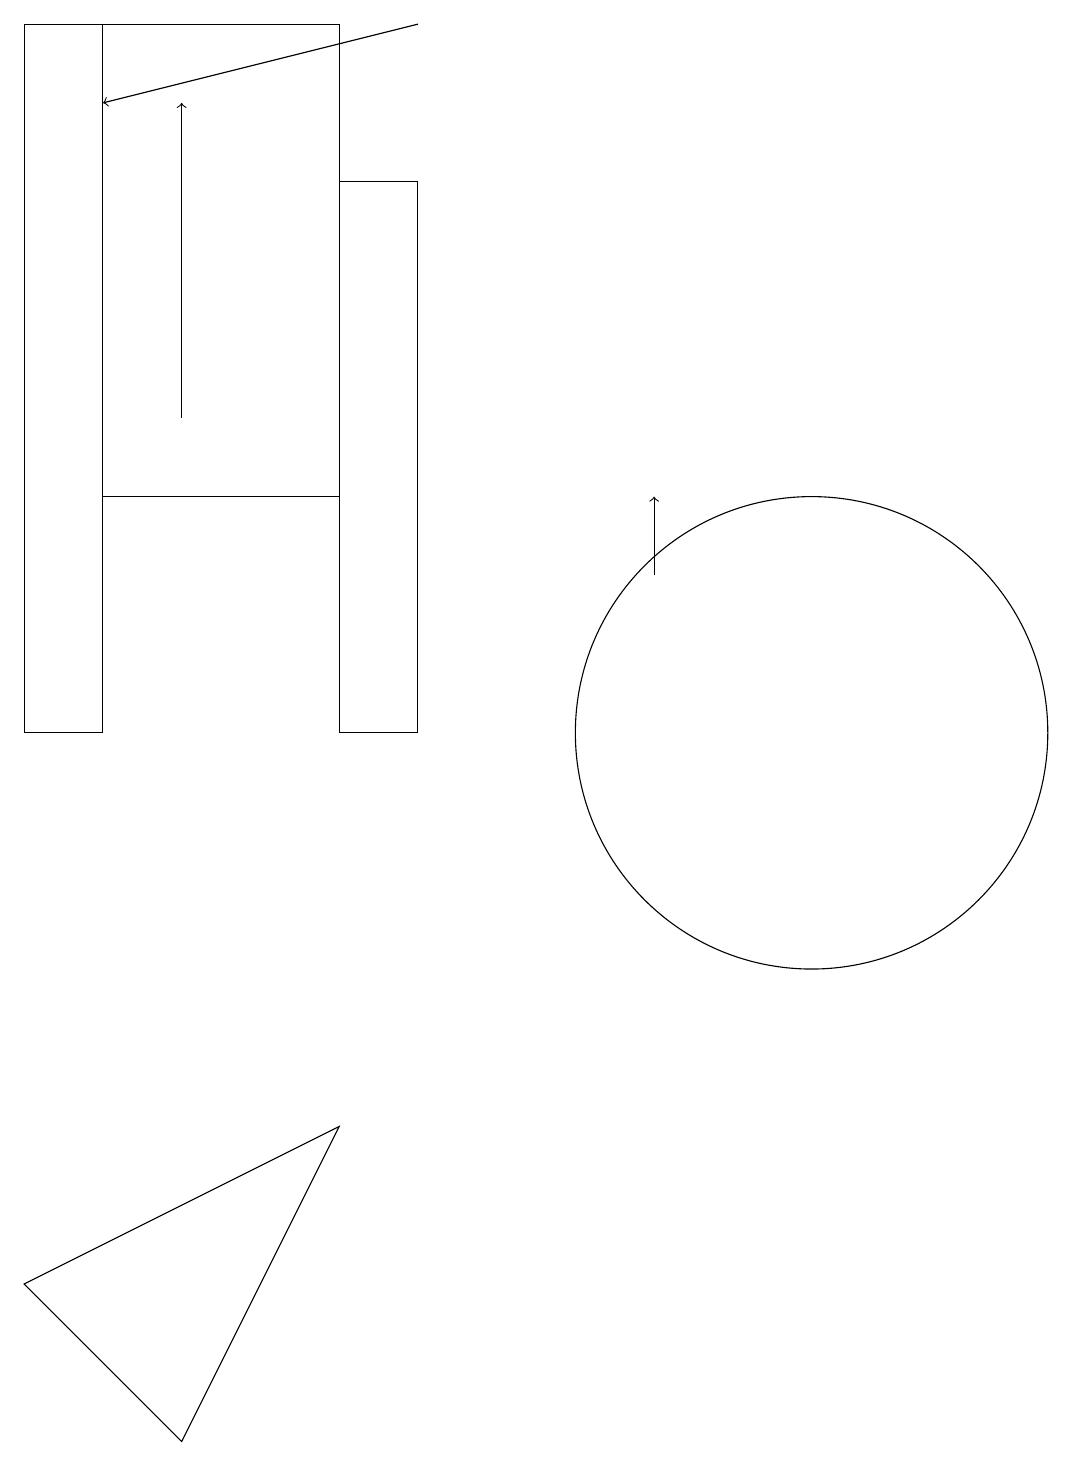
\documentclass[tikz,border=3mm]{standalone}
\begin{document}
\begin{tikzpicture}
\draw (4,10) rectangle (5,17);
\draw[->] (5,19) -- (1,18);
\draw[->] (8,12) -- (8,13);
\draw (1,10) rectangle (0,19);
\draw (10,10) circle (3);
\draw (2,1) -- (4,5) -- (0,3) -- cycle;
\draw[->] (2,14) -- (2,18);
\draw (4,19) rectangle (1,13);
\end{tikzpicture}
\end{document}